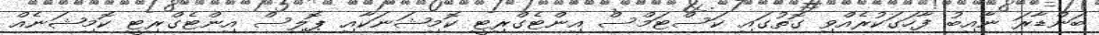
ބަންޑާރަ ނާއިބު ފާހަގަކުރެއްވި ގޮތުގައި ކަސްޓަމްސް އިންޓެގްރިޓީ ކޮމިޝަނަކާއި ޕޮލިސް އިންޓެގްރިޓީ ކޮމިޝަނެއް